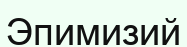
Эпимизий